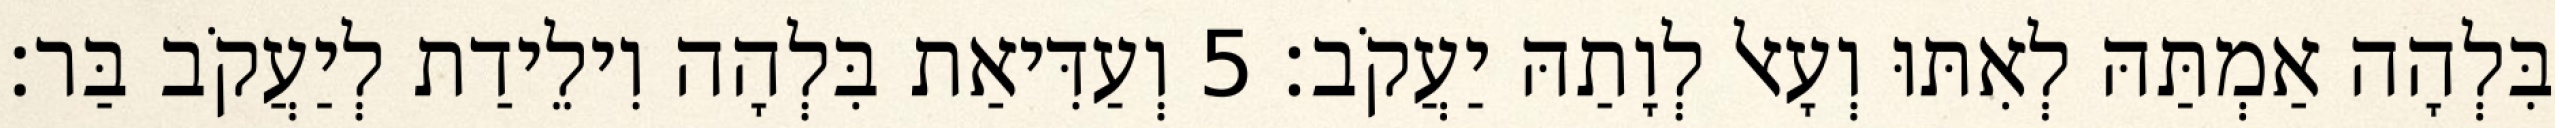
בִּלְהָה אַמְתַּהּ לְאִתּוּ וְעָאל לְוָתַהּ יַעֲקֹב׃ 5 וְעַדִּיאַת בִּלְהָה וִילֵידַת לְיַעֲקֹב בַּר׃